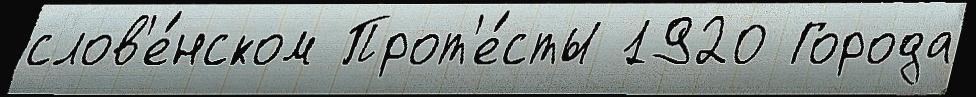
слов'е́нском Прот'е́сты 1920 Города